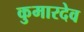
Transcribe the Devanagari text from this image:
कुमारदेव